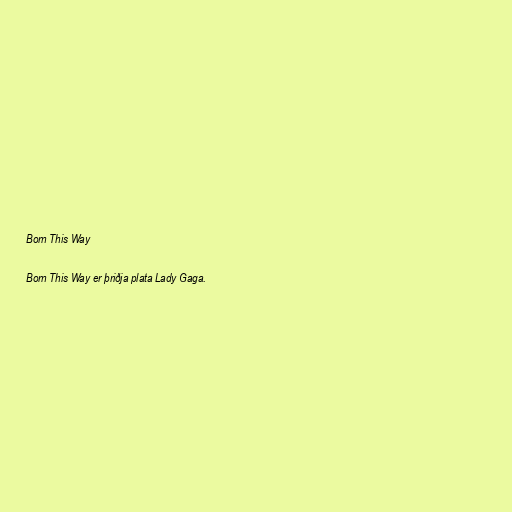
Born This Way

Born This Way er þriðja plata Lady Gaga.